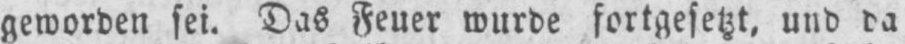
geworden sei. Das Feuer wurde fortgesetzt, und da